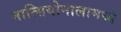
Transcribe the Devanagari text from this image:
नात्सियोनालामध्ये